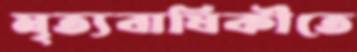
মৃত্যবার্ষিকীতে